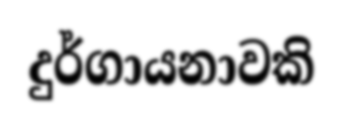
දුර්ගායනාවකි